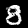
Label: 8